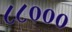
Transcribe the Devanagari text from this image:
८८०००